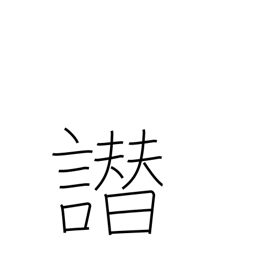
Meaning: false accusation